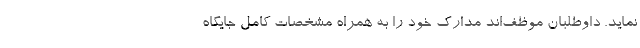
نماید. داوطلبان موظف‌اند مدارک خود را به همراه مشخصات کامل جایگاه